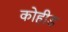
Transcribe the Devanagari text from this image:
कोहीड